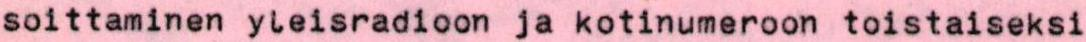
soittaminen yleisradioon ja kotinumeroon toistaiseksi